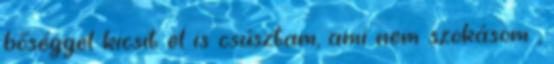
bőséggel kicsit el is csúsztam, ami nem szokásom ,